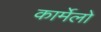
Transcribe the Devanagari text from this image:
कार्मेलो